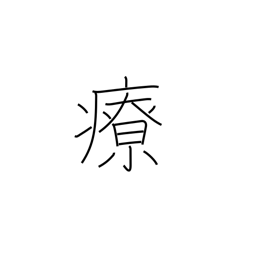
Meaning: heal